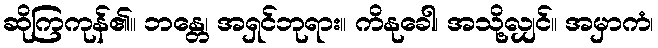
ဆိုကြကုန်၏။ ဘန္တေ၊ အရှင်ဘုရား။ ကိနုခေါ၊ အသို့လျှင်။ အမှာကံ၊